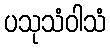
ပသုသံဝါသံ